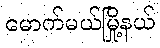
မောက်မယ်မြို့နယ်